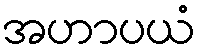
အဟာပယံ